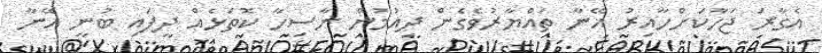
އެގާރަ ޖަހާކަށްހާއިރު އޭނާ ތައްޔާރުވެގެން ދިއުމުން ނާސިހާ ކޮތަޅެއް ދީފައި ބުނީ އޭނާ